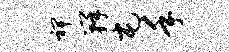
裨瓣屯手